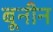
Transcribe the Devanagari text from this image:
बूनीन